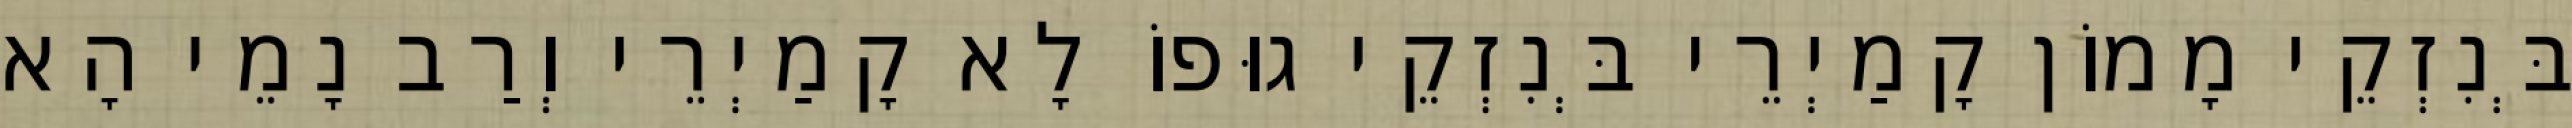
בְּנִזְקֵי מָמוֹן קָמַיְרֵי בְּנִזְקֵי גוּפוֹ לָא קָמַיְרֵי וְרַב נָמֵי הָא